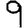
Digit: 9